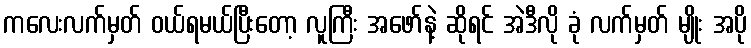
ကလေးလက်မှတ် ဝယ်ရမယ်ပြီးတော့ လူကြီး အဖော်နဲ့ ဆိုရင် အဲဒီလို ခုံ လက်မှတ် မျိုး အပို